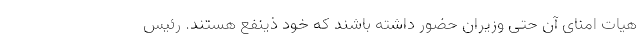
هیات امنای آن حتی وزیران حضور داشته باشند که خود ذینفع هستند. رئیس